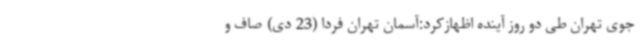
جوی تهران طی دو روز آینده اظهازکرد:آسمان تهران فردا (23 دی) صاف و